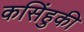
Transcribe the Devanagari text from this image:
कसिंहुकी